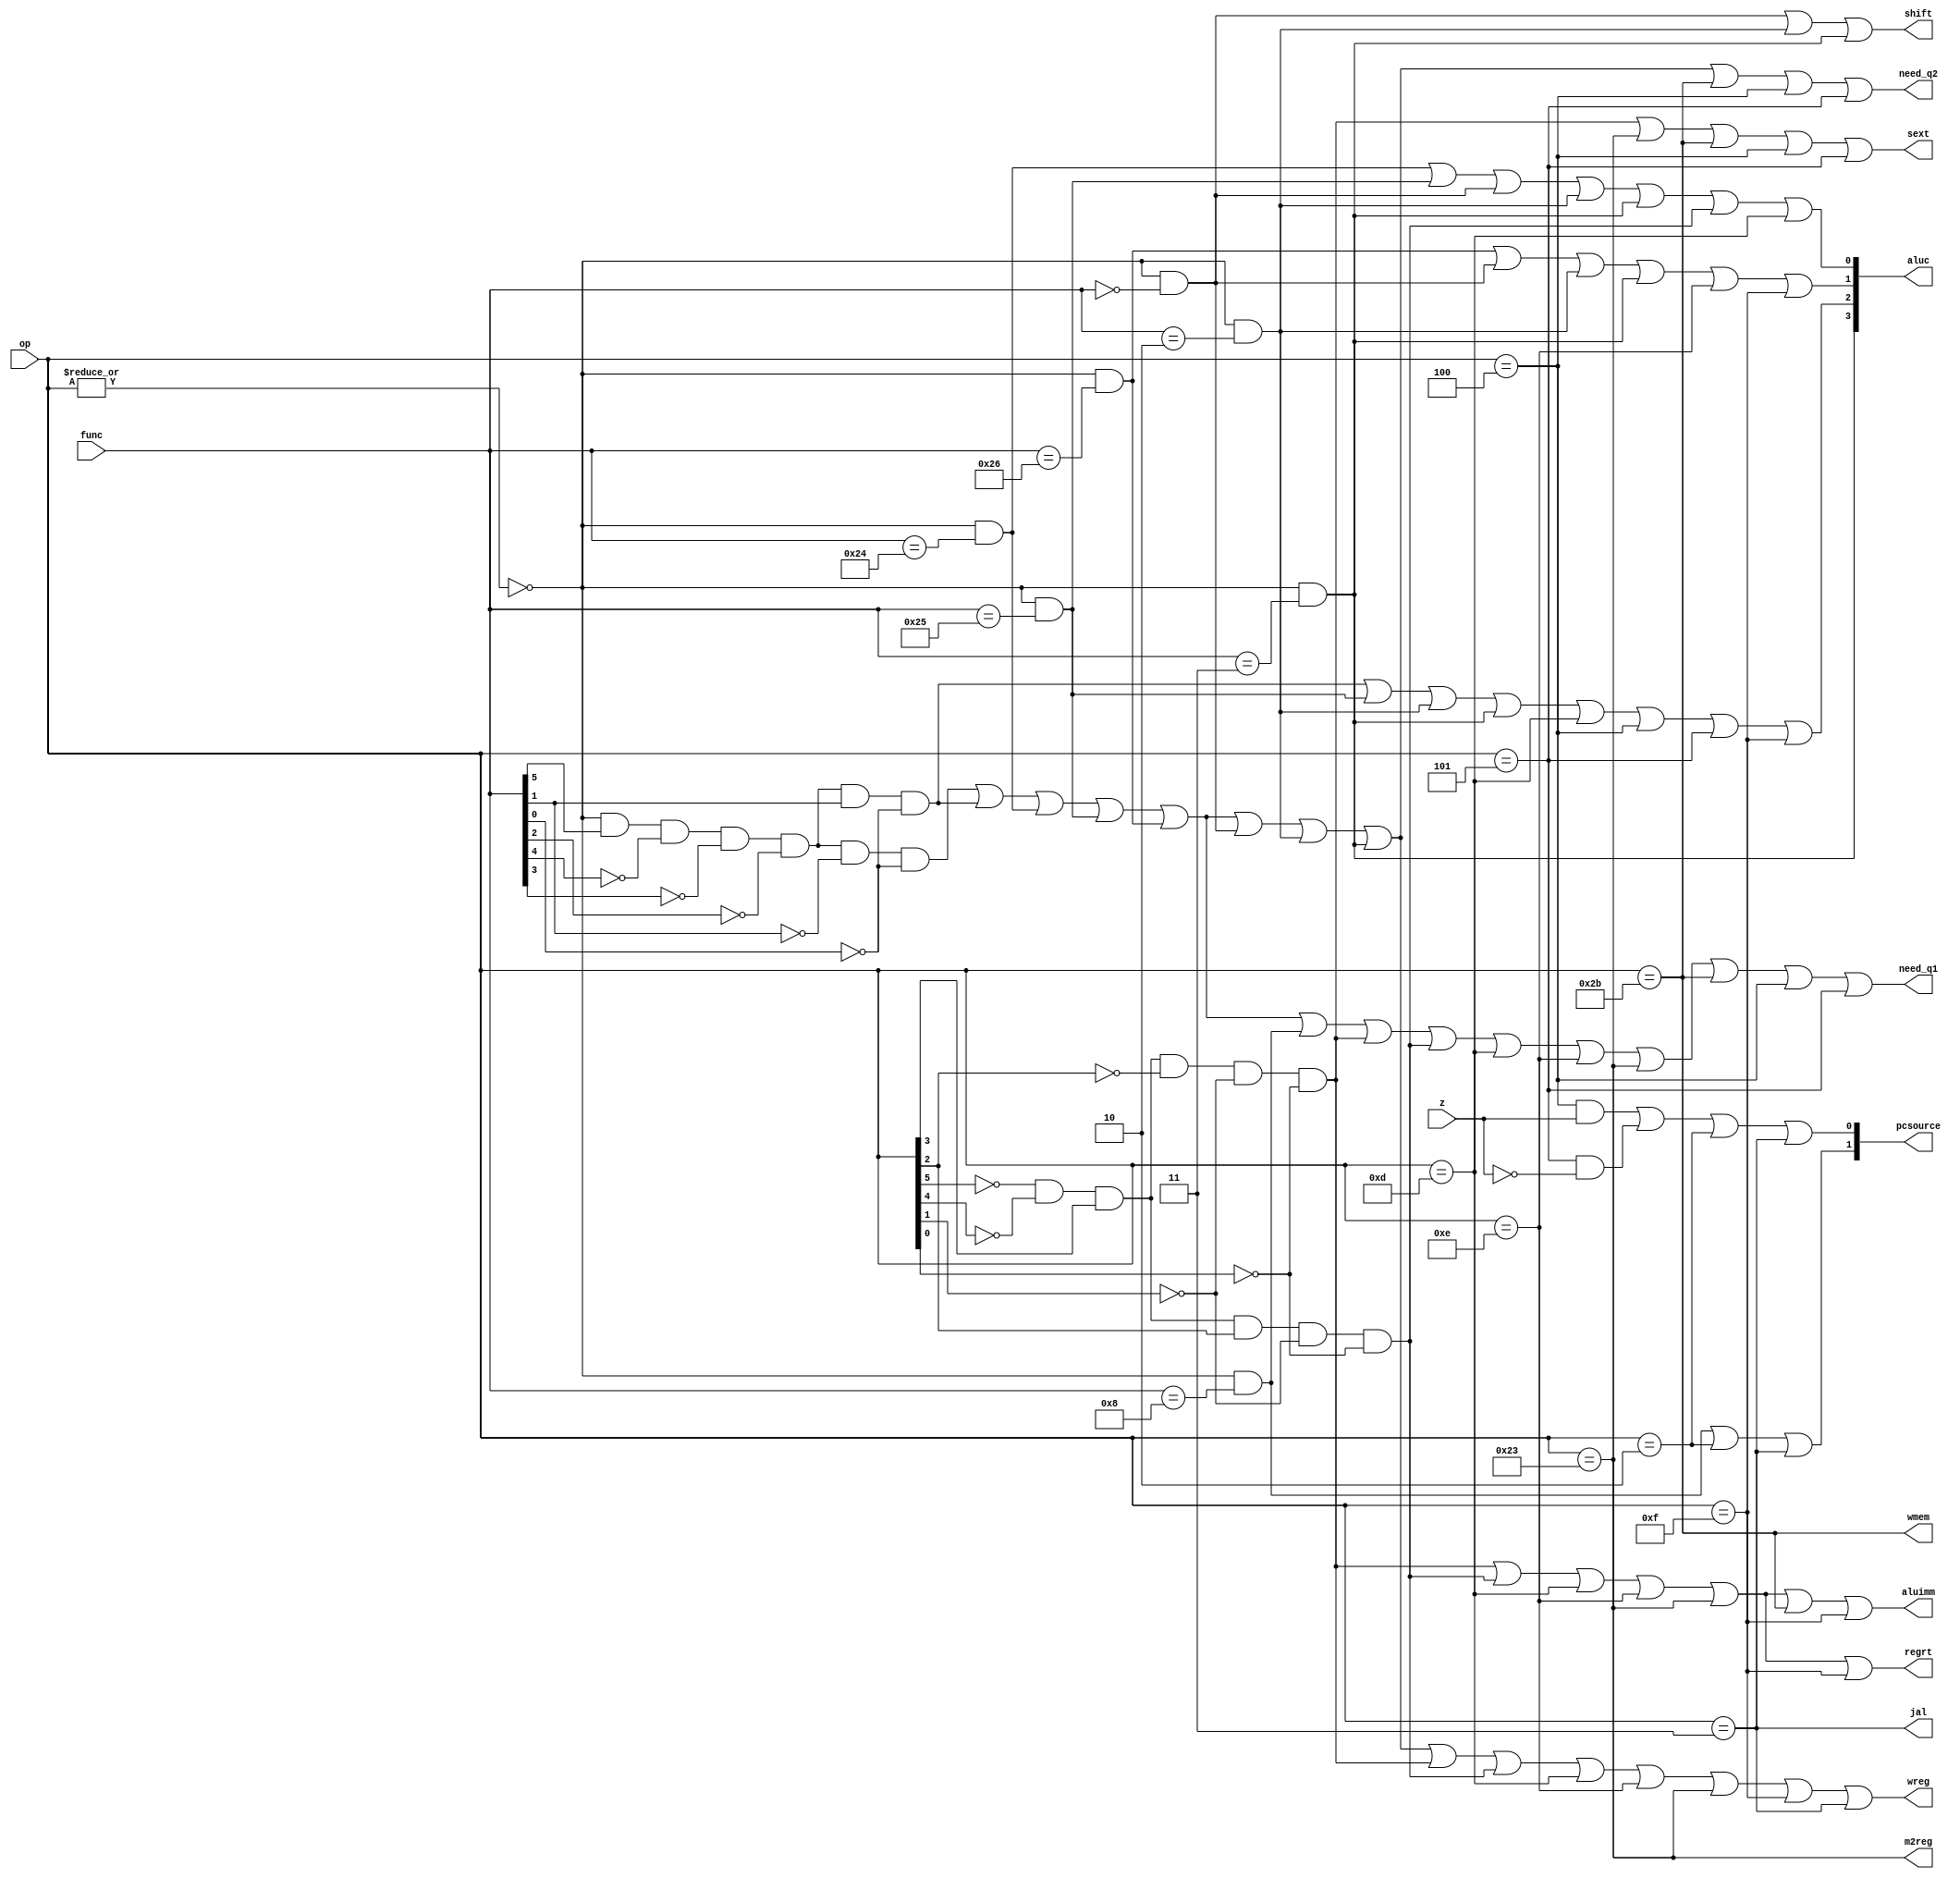
module sc_cu (op, func, z, wmem, wreg, regrt, m2reg, aluc, shift,
              aluimm, pcsource, jal, sext, need_q1, need_q2);
   input  [5:0] op,func;
   input        z;
   output       wreg,regrt,jal,m2reg,shift,aluimm,sext,wmem,need_q1,need_q2;
   output [3:0] aluc;
   output [1:0] pcsource;
   wire r_type = ~|op;
   wire i_add = r_type & func[5] & ~func[4] & ~func[3] &
                ~func[2] & ~func[1] & ~func[0];          //100000
   wire i_sub = r_type & func[5] & ~func[4] & ~func[3] &
                ~func[2] &  func[1] & ~func[0];          //100010
      
   //  please complete the deleted code.
   
   wire i_and = r_type && (func == 6'b100100);
   wire i_or  = r_type && (func == 6'b100101);
   wire i_xor = r_type && (func == 6'b100110);
   wire i_sll = r_type && (func == 6'b000000);
   wire i_srl = r_type && (func == 6'b000010);
   wire i_sra = r_type && (func == 6'b000011);
   wire i_jr  = r_type && (func == 6'b001000);
                
   wire i_addi = ~op[5] & ~op[4] &  op[3] & ~op[2] & ~op[1] & ~op[0]; //001000
   wire i_andi = ~op[5] & ~op[4] &  op[3] &  op[2] & ~op[1] & ~op[0]; //001100
   wire i_ori  = op == 6'b001101;
   wire i_xori = op == 6'b001110;
   wire i_lw   = op == 6'b100011;
   wire i_sw   = op == 6'b101011;
   wire i_beq  = op == 6'b000100;
   wire i_bne  = op == 6'b000101;
   wire i_lui  = op == 6'b001111;
   wire i_j    = op == 6'b000010;
   wire i_jal  = op == 6'b000011;
  
   assign need_q1 = i_add | i_sub | i_and | i_or | i_xor | i_jr | 
						  i_addi | i_andi | i_ori | i_xori | i_lw | i_sw | i_beq | i_bne;
	assign need_q2 = i_add | i_sub | i_and | i_or | i_xor | i_sll |
	                 i_srl | i_sra | i_sw | i_beq | i_bne;
   assign pcsource[1] = i_jr | i_j | i_jal;
   assign pcsource[0] = ( i_beq & z ) | (i_bne & ~z) | i_j | i_jal ;
   
   assign wreg = i_add | i_sub | i_and | i_or   | i_xor  |
                 i_sll | i_srl | i_sra | i_addi | i_andi |
                 i_ori | i_xori | i_lw | i_lui  | i_jal;
   
   assign aluc[3] = i_sra;
   assign aluc[2] = i_sub | i_or | i_srl | i_sra | i_ori | i_beq | i_bne | i_lui;
   assign aluc[1] = i_xor | i_sll | i_srl | i_sra | i_xori | i_lui;
   assign aluc[0] = i_and | i_or | i_sll | i_srl | i_sra | i_andi | i_ori;
   assign shift   = i_sll | i_srl | i_sra ;

   assign aluimm  = i_addi | i_andi | i_ori | i_xori | i_lw | i_sw | i_lui;
   assign sext    = i_addi | i_lw | i_sw | i_beq | i_bne;
   assign wmem    = i_sw;
   assign m2reg   = i_lw;
   assign regrt   = i_addi | i_andi | i_ori | i_xori | i_lw | i_lui;
   assign jal     = i_jal;

endmodule